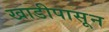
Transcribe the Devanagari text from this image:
खाडीपासून